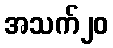
အသက်၂၀